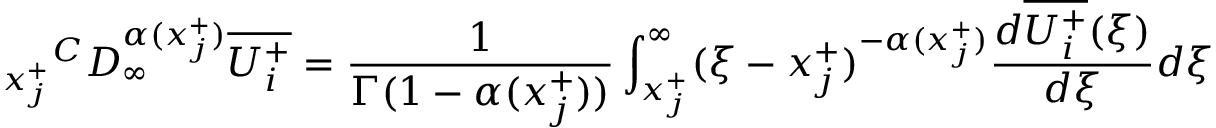
{ _ { x _ { j } ^ { + } } } ^ { C } D _ { \infty } ^ { \alpha ( x _ { j } ^ { + } ) } \overline { { U _ { i } ^ { + } } } = \frac { 1 } { \Gamma ( 1 - \alpha ( x _ { j } ^ { + } ) ) } \int _ { x _ { j } ^ { + } } ^ { \infty } ( \xi - x _ { j } ^ { + } ) ^ { - \alpha ( x _ { j } ^ { + } ) } \frac { d \overline { { U _ { i } ^ { + } } } ( \xi ) } { d \xi } d \xi